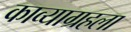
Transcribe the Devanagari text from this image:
काव्याग्रहला